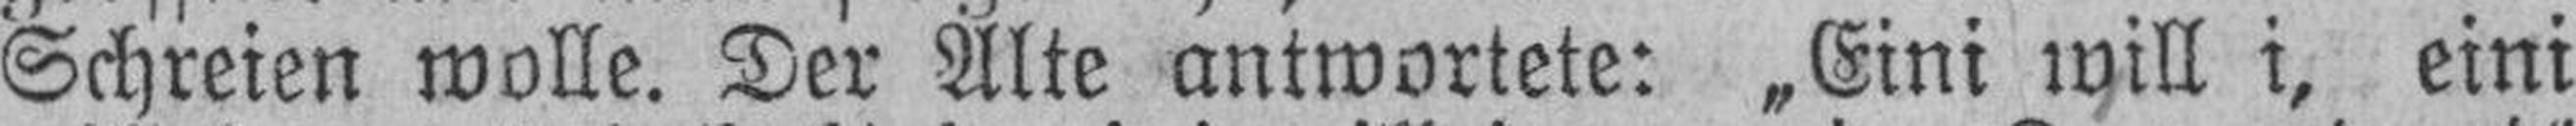
Schreien wolle. Der Alte antwortete: „Eini iyill i, eini